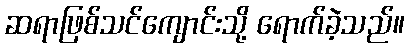
ဆရာဖြစ်သင်ကျောင်းသို့ ရောက်ခဲ့သည်။